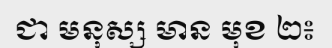
ជា មនុស្ស មាន មុខ ២៖